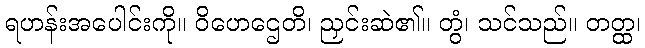
ရဟန်းအပေါင်းကို။ ဝိဟေဌေတိ၊ ညှင်းဆဲ၏။ တွံ၊ သင်သည်။ တတ္ထ၊